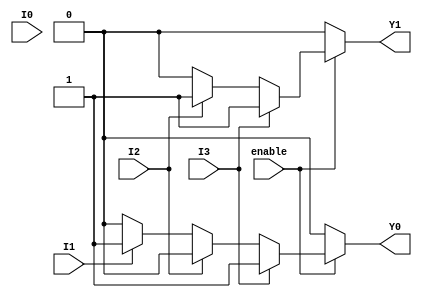
module encoder_4to2 (
    input wire I0,    // Input 0
    input wire I1,    // Input 1
    input wire I2,    // Input 2
    input wire I3,    // Input 3
    input wire enable, // Enable signal
    output reg Y1,    // Output 1
    output reg Y0     // Output 0
);

always @(*) begin
    if (!enable) begin
        // If enable is low, set outputs to 00 (or any defined state)
        Y1 = 1'b0;
        Y0 = 1'b0;
    end else begin
        // Priority encoding logic
        if (I3) begin
            Y1 = 1'b1; // I3 active
            Y0 = 1'b1;
        end else if (I2) begin
            Y1 = 1'b1; // I2 active
            Y0 = 1'b0;
        end else if (I1) begin
            Y1 = 1'b0; // I1 active
            Y0 = 1'b1;
        end else if (I0) begin
            Y1 = 1'b0; // I0 active
            Y0 = 1'b0;
        end else begin
            // No active input
            Y1 = 1'b0;
            Y0 = 1'b0;
        end
    end
end

endmodule